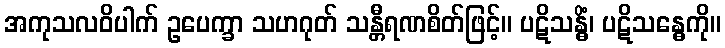
အကုသလဝိပါက် ဥပေက္ခာ သဟဂုတ် သန္တီရဏစိတ်ဖြင့်။ ပဋိသန္ဓိံ၊ ပဋိသန္ဓေကို။